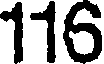
116